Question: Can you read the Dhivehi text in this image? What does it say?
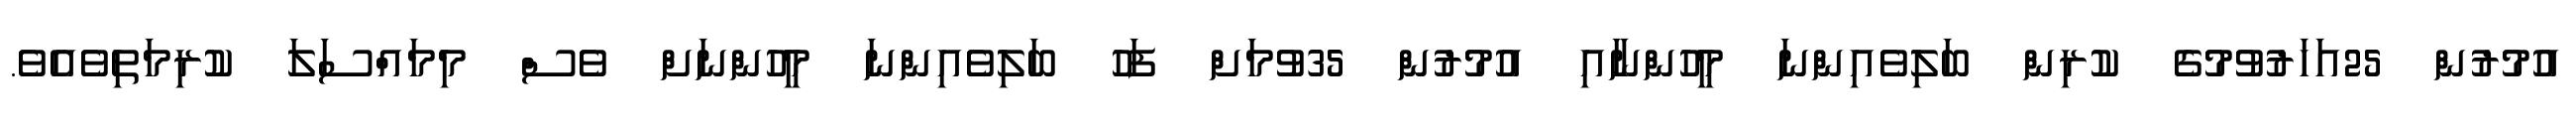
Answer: އުމުރުން 25އަހަރުވުމުގެ ކުރިން ބަލިވެއިންނަ މީހުންނާއި އުމުރުން 35ވުމަށް ފަހު ބަލިވެއިންނަ މީހުންނަށް ވެސް މިމައްސަލަ ކުރިމަތިވެއެވެ.